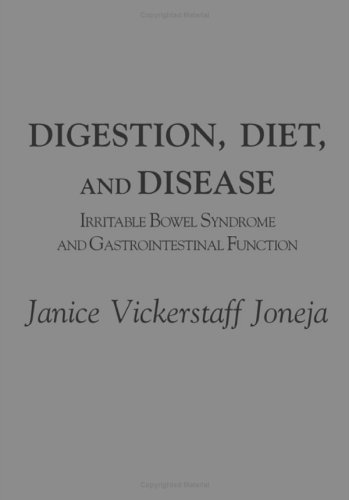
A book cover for Digestion, Diet, and Disease: Irritable Bowel Syndrome and Gastrointestinal Function; Janice Vickerstaff Joneja; Health, Fitness & Dieting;